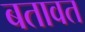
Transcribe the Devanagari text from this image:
बतावत